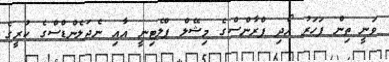
ވަނީ ތިން ފަހަރު ހޯދި ފްރާންސްގެ މިޝޭލް ޕްލެޓިނީ އާއި ނެދަލެންޑްސްގެ ކުރީގެ